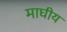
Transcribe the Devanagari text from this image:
माघीय